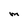
Character: M